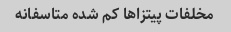
مخلفات پیتزاها کم شده متاسفانه